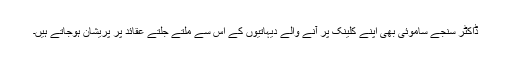
ڈاکٹر سنجے ساموئی بھی اپنے کلینک پر آنے والے دیہاتیوں کے اس سے ملتے جلتے عقائد پر پریشان ہوجاتے ہیں۔